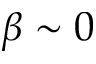
\beta \sim 0